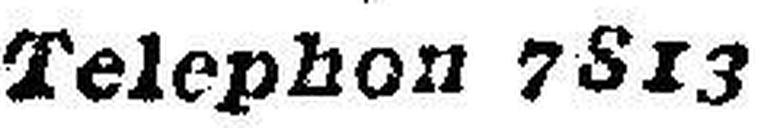
Telephon 7813